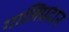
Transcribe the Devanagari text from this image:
गालिप्रदान